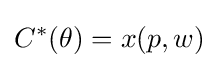
C^{*}(\theta )=x(p,w)